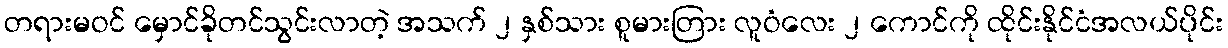
တရားမဝင် မှောင်ခိုတင်သွင်းလာတဲ့ အသက် ၂ နှစ်သား စူမားတြား လူဝံလေး ၂ ကောင်ကို ထိုင်းနိုင်ငံအလယ်ပိုင်း